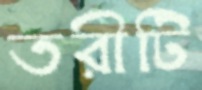
তরীটি